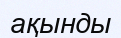
ақынды